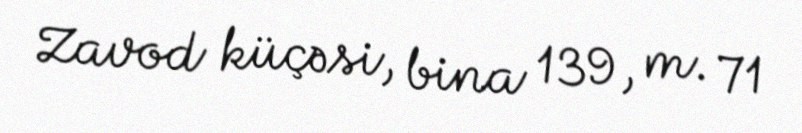
Zavod küçəsi, bina 139, m. 71